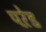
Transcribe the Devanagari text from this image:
परे़ड